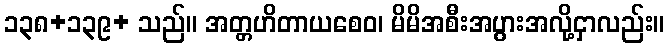
၁၃၈+၁၃၉+ သည်။ အတ္တဟိတာယစေဝ၊ မိမိအစီးအပွားအလို့ငှာလည်း။